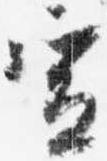
宣